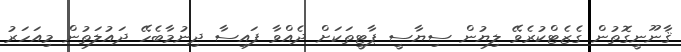
ޤާނޫނީގޮތުން ގެޒެޓްކުރެވޭ ލިޔުން ސިޔާސީ ޕާޓީތަކަށް ދެއްވާ ފައިސާ ދިނުމާބެހޭ ދައުލަތުން މިއަހަރު